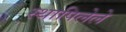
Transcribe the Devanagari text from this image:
स्थापिलेले